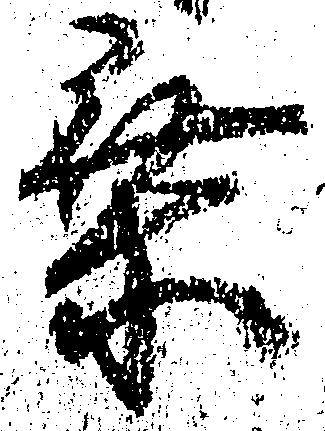
乗